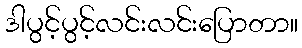
ဒါပွင့်ပွင့်လင်းလင်းပြောတာ။